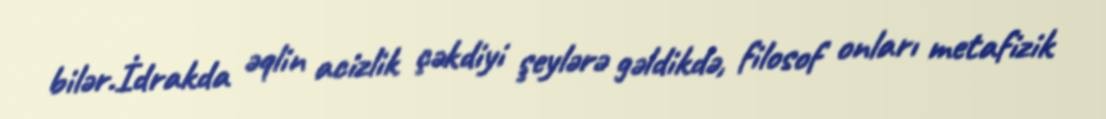
bilər.İdrakda əqlin acizlik çəkdiyi şeylərə gəldikdə, filosof onları metafizik